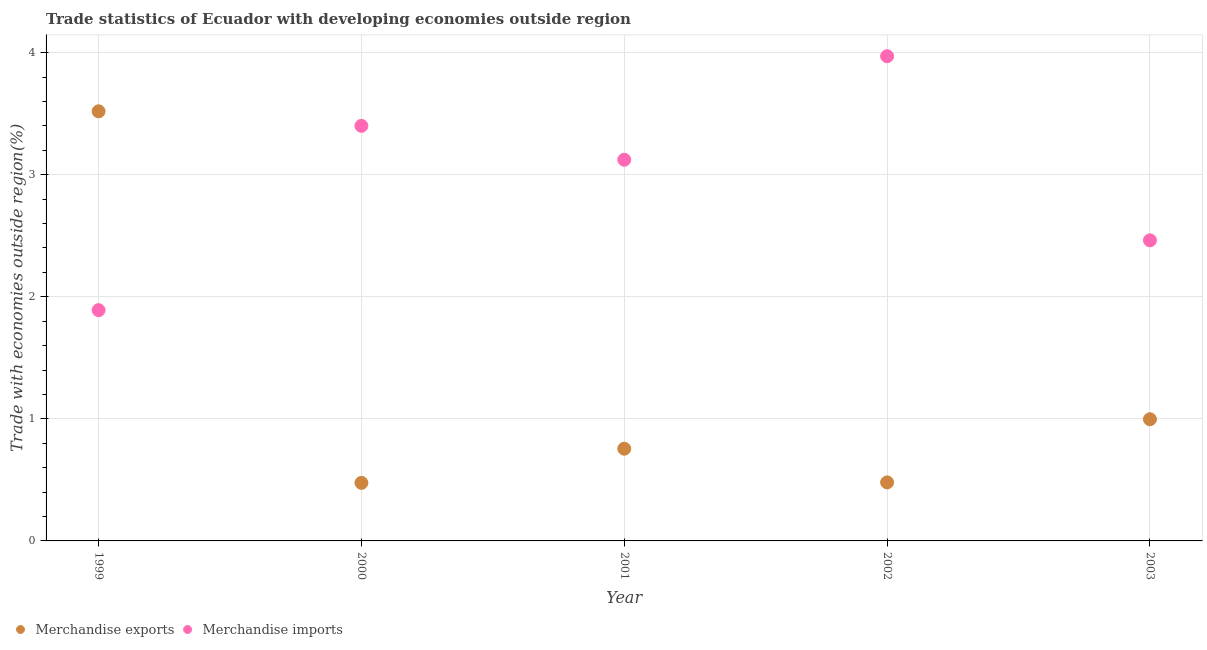
| Year | Merchandise exports | Merchandise imports |
 | --- | --- | --- |
 | 1999 | 3.52 | 1.89 |
 | 2000 | 0.476 | 3.4 |
 | 2001 | 0.756 | 3.12 |
 | 2002 | 0.479 | 3.97 |
 | 2003 | 0.997 | 2.46 |